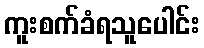
ကူးစက်ခံရသူပေါင်း